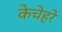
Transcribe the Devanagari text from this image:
केचेहरे